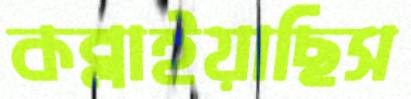
কব্‌লাইয়াছিস